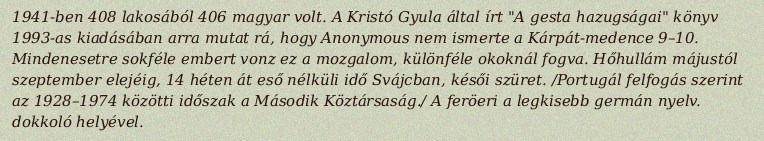
1941-ben 408 lakosából 406 magyar volt. A Kristó Gyula által írt "A gesta hazugságai" könyv 1993-as kiadásában arra mutat rá, hogy Anonymous nem ismerte a Kárpát-medence 9–10. Mindenesetre sokféle embert vonz ez a mozgalom, különféle okoknál fogva. Hőhullám májustól szeptember elejéig, 14 héten át eső nélküli idő Svájcban, késői szüret. /Portugál felfogás szerint az 1928–1974 közötti időszak a Második Köztársaság./ A feröeri a legkisebb germán nyelv. dokkoló helyével.